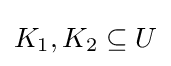
K_{1},K_{2}\subseteq U